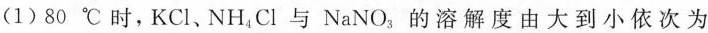
(1)80℃时，KCl、NH_{4}Cl与NaNO_{3}，的溶解度由大到小依次为